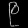
Digit: ၉